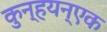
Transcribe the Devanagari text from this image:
कुन्हयन्एक